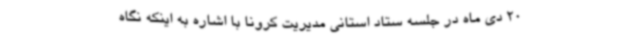
20 دی ماه در جلسه ستاد استانی مدیریت کرونا با اشاره به اینکه نگاه